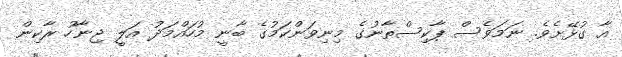
އާ ގުޅޭށެވެ. ނަމަވެސް ޕާކިސްތާނުގެ މިނިވަންކަމުގެ ބާނީ މުހައްމަދު އަލީ ޖިނާހު ރާކިން